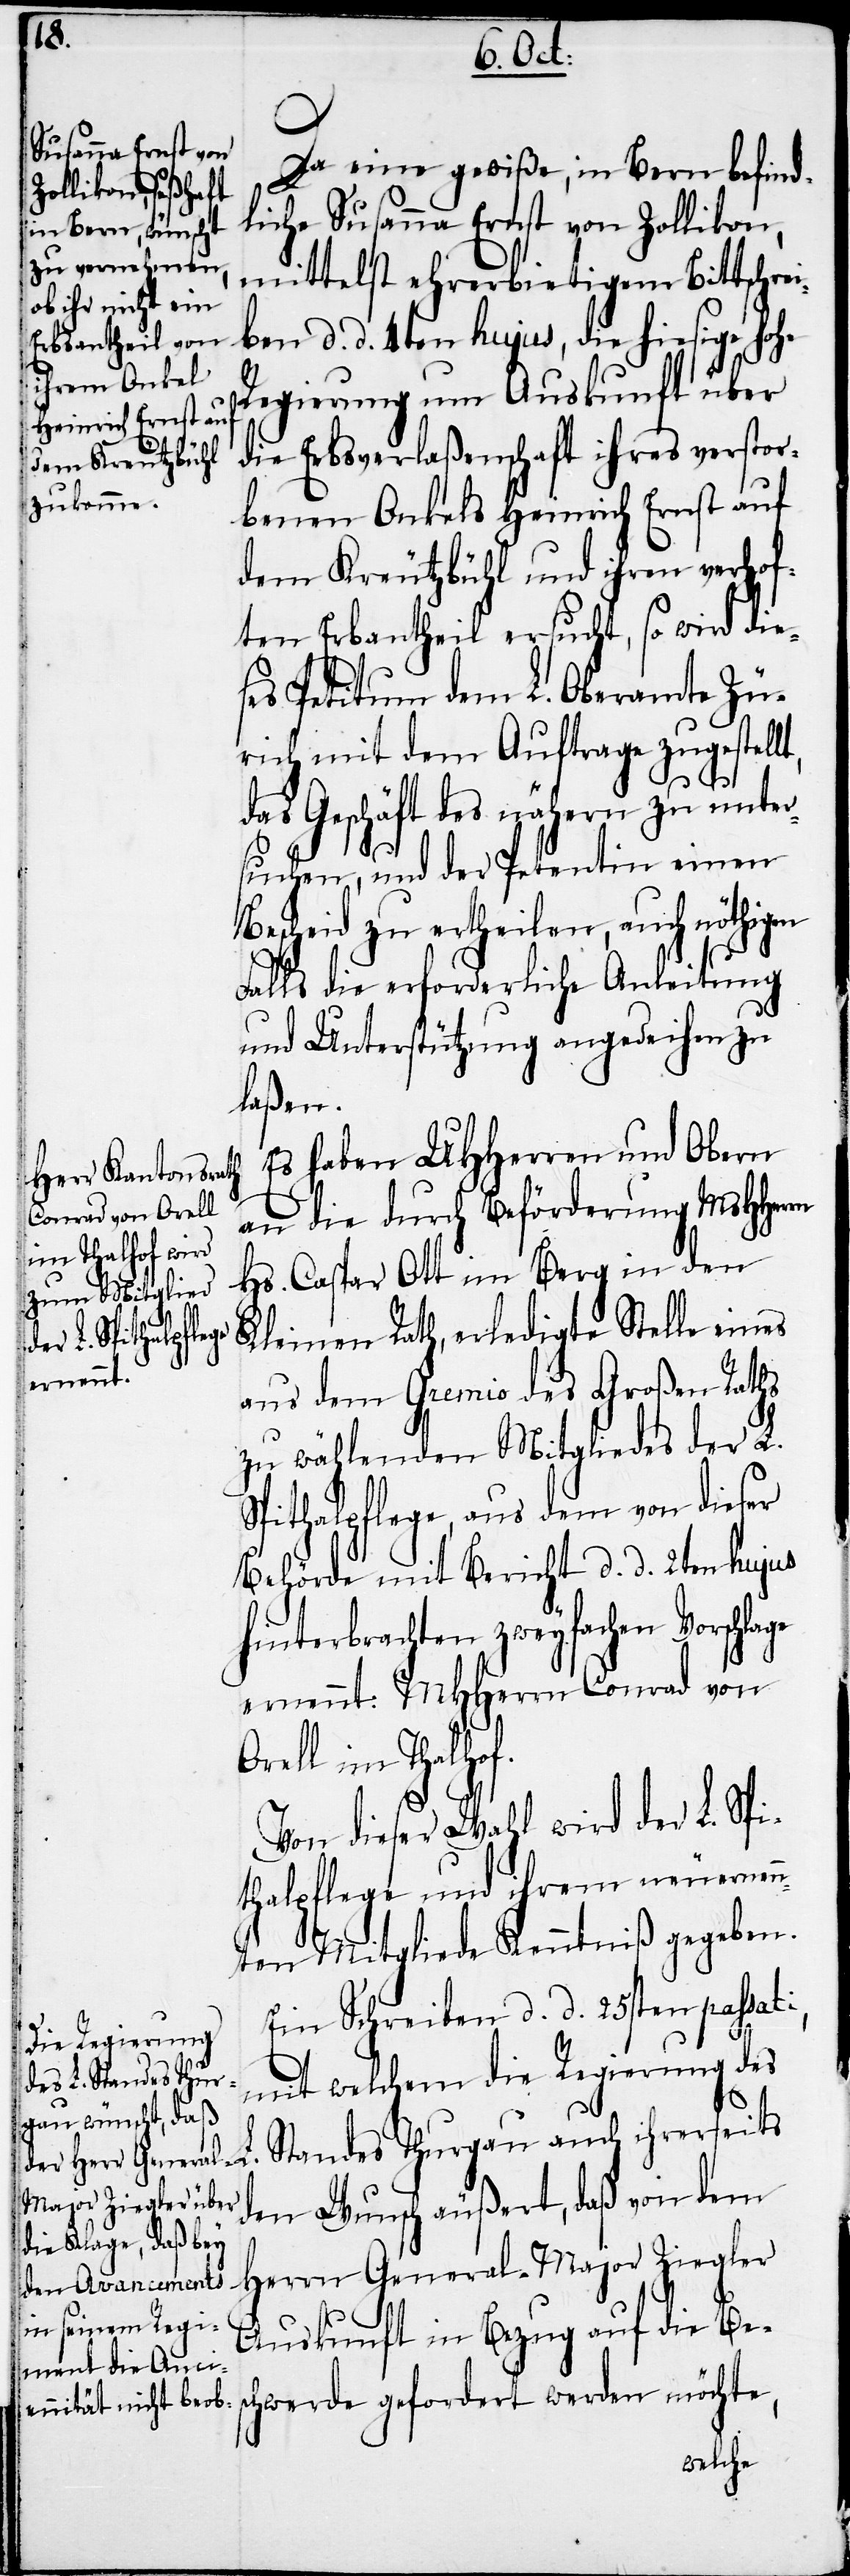
i,
Da eine gewiße, in Bern befind¬
liche Susanna Ernst von Zollikon,
mittelst ehrerbietigem Bittschrei¬
ben d. d. 4ten hujus, die hiesige hohe
Regierung um Auskunft über
die Erbsverlaßenschaft ihres verstor¬
benen Onkels Heinrich Ernst auf
dem Kreutzbühl und ihren verhof¬
ten Erbantheil ersucht, so wird die¬
ses Petitum dem L. Oberamte Zü¬
rich mit dem Auftrage zugestellt,
das Geschäft des nähern zu unter¬
suchen, und der Petentin einen
Bescheid zu ertheilen, auch nöthigen
Falls die erforderliche Anleitung
und Unterstützung angedeihen zu
laßen.
Es haben UHHerren und Obern
an die durch Beförderung MsHHerrn
Hs. Caspar Ott im Berg in den
Kleinen Rath, erledigte Stelle eines
aus dem Gremio des Großen Raths
zu wählenden Mitgliedes der L.
Spithalpflege, aus dem von dieser
Behörde mit Bericht d. d. 2ten hujus
hinterbrachten zweyfachen Vorschlage
ernennt: MHHerrn Conrad von
Orell im Thalhof.
Von dieser Wahl wird der L. Spi¬
thalpflege und ihrem neuernen¬
nten Mitgliede Kenntniß gegeben.
Ein Schreiben d. d. 25sten passat¬
mit welchem die Regierung des
L. Standes Thurgau auch ihrerseits
den Wunsch äußert, daß von dem
Herrn General-Major Ziegler
Auskunft in Bezug auf die Bes¬
chwerde gefordert werden möchte,